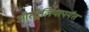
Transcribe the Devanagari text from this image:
ऑस्ट्रेलियापर्यंत